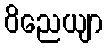
ဝိညေယျာ